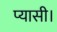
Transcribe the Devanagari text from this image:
प्यासी।